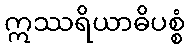
ဣဿရိယာဓိပစ္စံ